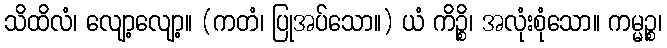
သိထိလံ၊ လျော့လျော့။ (ကတံ၊ ပြုအပ်သော။) ယံ ကိဉ္စိ၊ အလုံးစုံသော။ ကမ္မဉ္စ၊